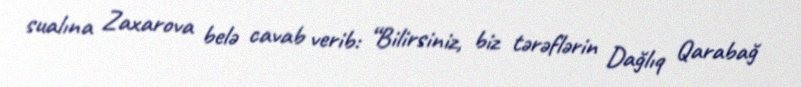
sualına Zaxarova belə cavab verib: “Bilirsiniz, biz tərəflərin Dağlıq Qarabağ